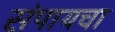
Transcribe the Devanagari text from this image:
संपायचा